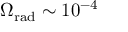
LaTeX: \Omega _ { \mathrm { r a d } } \sim 1 0 ^ { - 4 }